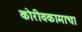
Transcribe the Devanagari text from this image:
कोरीवकामाचा